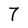
Character: 7